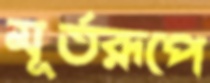
মূর্তরূপে